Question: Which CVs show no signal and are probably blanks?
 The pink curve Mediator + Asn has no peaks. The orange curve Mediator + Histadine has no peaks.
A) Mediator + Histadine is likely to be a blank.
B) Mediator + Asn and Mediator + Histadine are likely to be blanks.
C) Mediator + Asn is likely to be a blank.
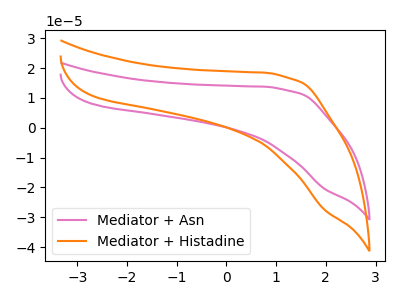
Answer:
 <answer>B) "Mediator + Asn" and "Mediator + Histadine" are likely to be blanks.</answer>
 <eval>B</eval>